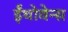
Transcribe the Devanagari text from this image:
ईंथोवेन्स